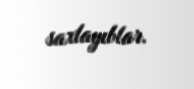
saxlayıblar.